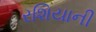
રશિયાની